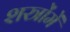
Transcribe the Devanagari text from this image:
शस्त्रोंमें